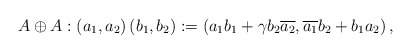
\begin{align*}A\oplus A:\left( a_{1},a_{2}\right) \left( b_{1},b_{2}\right) :=\left(a_{1}b_{1}+\gamma b_{2}\overline{a_{2}},\overline{a_{1}}b_{2}+b_{1}a_{2}\right) , \end{align*}